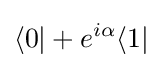
\langle 0|+e^{i\alpha }\langle 1|